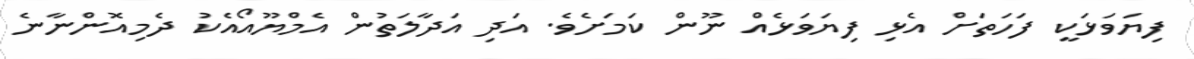
ފިޔަވަޅަކީ ފަހަތަށް އެޅި ފިޔަވަޅެއް ނޫން ކަމަށެވެ. އަދި އަދާލަތުން އެމްޔޫއޯއެކު ދެމިއޮންނާނެ